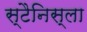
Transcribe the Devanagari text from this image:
स्टैनिस्ला